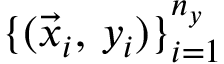
\{ ( \vec { x } _ { i } , \, y _ { i } ) \} _ { i = 1 } ^ { n _ { y } }